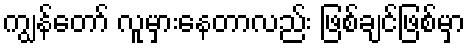
ကျွန်တော် လူမှားနေတာလည်း ဖြစ်ချင်ဖြစ်မှာ